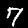
Label: 7